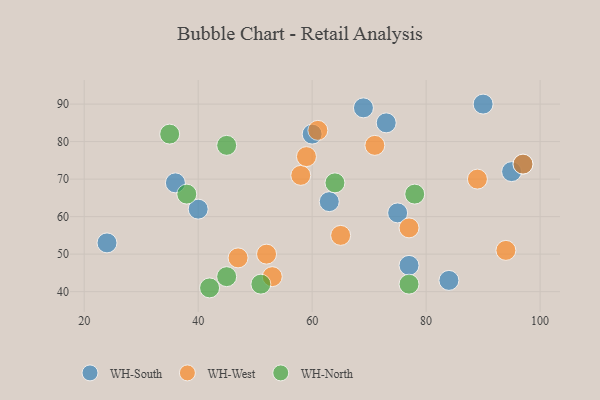
{"axis": {"x": "GDP", "y": "Life Expectancy"}, "legend": ["WH-North", "WH-South", "WH-West"], "data": [{"x": "77", "y": 47, "type": "WH-South"}, {"x": "90", "y": 90, "type": "WH-South"}, {"x": "75", "y": 61, "type": "WH-South"}, {"x": "84", "y": 43, "type": "WH-South"}, {"x": "24", "y": 53, "type": "WH-South"}, {"x": "60", "y": 82, "type": "WH-South"}, {"x": "69", "y": 89, "type": "WH-South"}, {"x": "63", "y": 64, "type": "WH-South"}, {"x": "73", "y": 85, "type": "WH-South"}, {"x": "95", "y": 72, "type": "WH-South"}, {"x": "40", "y": 62, "type": "WH-South"}, {"x": "97", "y": 74, "type": "WH-South"}, {"x": "36", "y": 69, "type": "WH-South"}, {"x": "53", "y": 44, "type": "WH-West"}, {"x": "71", "y": 79, "type": "WH-West"}, {"x": "58", "y": 71, "type": "WH-West"}, {"x": "65", "y": 55, "type": "WH-West"}, {"x": "52", "y": 50, "type": "WH-West"}, {"x": "89", "y": 70, "type": "WH-West"}, {"x": "97", "y": 74, "type": "WH-West"}, {"x": "47", "y": 49, "type": "WH-West"}, {"x": "77", "y": 57, "type": "WH-West"}, {"x": "94", "y": 51, "type": "WH-West"}, {"x": "59", "y": 76, "type": "WH-West"}, {"x": "61", "y": 83, "type": "WH-West"}, {"x": "77", "y": 42, "type": "WH-North"}, {"x": "45", "y": 44, "type": "WH-North"}, {"x": "42", "y": 41, "type": "WH-North"}, {"x": "45", "y": 79, "type": "WH-North"}, {"x": "51", "y": 42, "type": "WH-North"}, {"x": "38", "y": 66, "type": "WH-North"}, {"x": "64", "y": 69, "type": "WH-North"}, {"x": "35", "y": 82, "type": "WH-North"}, {"x": "78", "y": 66, "type": "WH-North"}]}